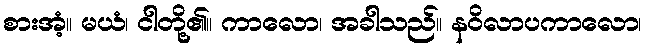
စားအံ့။ မယံ၊ ငါတို့၏။ ကာလော၊ အခါသည်။ နဝိလာပကာလော၊